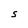
Character: S